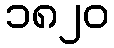
၁၈၂၀